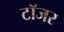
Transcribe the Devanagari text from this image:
टॉजर